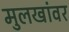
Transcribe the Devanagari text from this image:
मुलखांवर